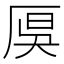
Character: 𠩩